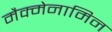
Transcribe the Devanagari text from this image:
मैक्मेनामिन